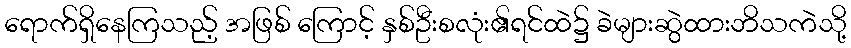
ရောက်ရှိနေကြသည့် အဖြစ် ကြောင့် နှစ်ဦးစလုံး၏ရင်ထဲ၌ ခဲများဆွဲထားဘိသကဲသို့